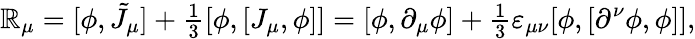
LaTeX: \mathbb{R}_{\mu}=[\phi,\tilde{{J}}_{\mu}]+{\textstyle\frac{1}{3}}[\phi,[J_{\mu},\phi]]=[\phi,\partial_{\mu}\phi]+{\textstyle\frac{1}{3}}\varepsilon_{\mu\nu}[\phi,[\partial^{\nu}\phi,\phi]],